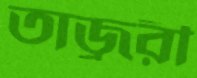
তাজ্বরী